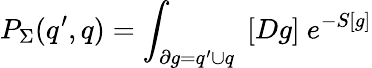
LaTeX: P_{\Sigma}(q^{\prime},q)=\int_{\partial g=q^{\prime}\cup q}\ [Dg]\ e^{-S[g]}